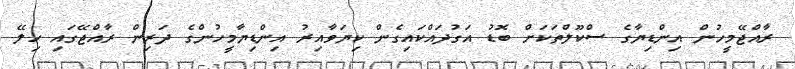
ރާއްޖޭމީހުން އިންޑިޔާގެ ސްކޫލްތަކަށް ބޮޑު އަގުދައްކައިގެން ކިޔަވާއިރު އިންޑިޔާމީހުންގެ ދަރިން ރާއްޖޭގައި ހިލޭ